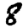
Digit: 8